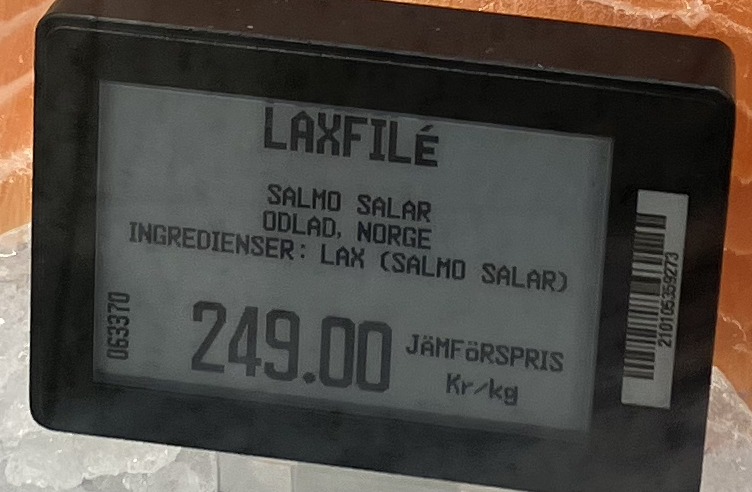
Vara: laxfilé
Genomsnittspris: 249 per kg